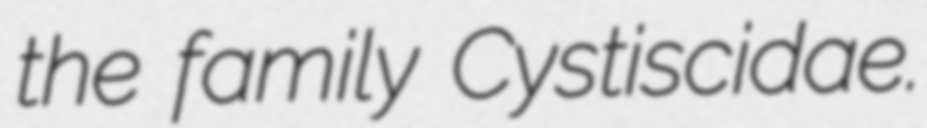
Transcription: the family Cystiscidae.